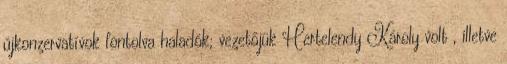
újkonzervatívok fontolva haladók; vezetőjük Hertelendy Károly volt , illetve